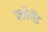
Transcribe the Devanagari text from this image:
फ़्लैमैंड